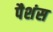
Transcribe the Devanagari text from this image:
पैशंस